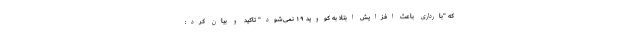
که "بارداری باعث افزایش ابتلا به کووید ۱۹ نمی‌شود" تاکید و بیان کرد: